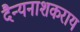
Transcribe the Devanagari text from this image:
दैन्यनाशकराय